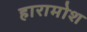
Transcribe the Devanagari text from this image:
हारामोश